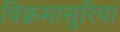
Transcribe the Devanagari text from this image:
विक्रमासुरिया